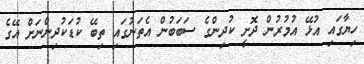
ހިޔާގައި އުޅޭ އުމުރުން ދޮށީ ކުދިންގެ ސަބަބުން އެތަނުގައި ތިބޭ ކުޑަކުދިންނަށް އޭގެ